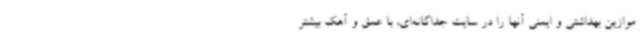
موازین بهداشتی و ایمنی آنها را در سایت جداگانه‌ای، با عمق و آهک بیشتر